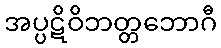
အပ္ပဋိဝိဘတ္တဘောဂီ